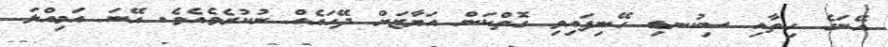
އޭނަގެ ހިތާއި ސިކުނޑި ހޭނިފައިވި ގޮތްކަން އަޔާޒަށް ދޭހައެއް ނުކުރެވެއެވެ. އޭނަ އަމިއްލަ